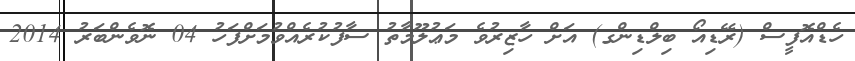
ހެޑްއޮފީސް (ރޭޑިއޯ ބިލްޑިންގ) އަށް ހާޒިރުވެ މަޢުލޫމާތު ސާފުކުރެއްވުމަށްފަހު 04 ނޮވެންބަރު 2014